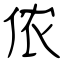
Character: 侬